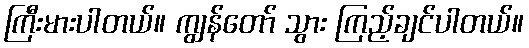
ကြီးမားပါတယ်။ ကျွန်တော် သွား ကြည့်ချင်ပါတယ်။